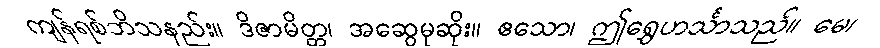
ကျန်ရစ်ဘိသနည်း။ ဒိဇာမိတ္တ၊ အဆွေမုဆိုး။ ဧသော၊ ဤရွှေဟင်္သာသည်။ မေ၊